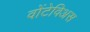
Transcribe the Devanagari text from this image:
वोंटेविअस